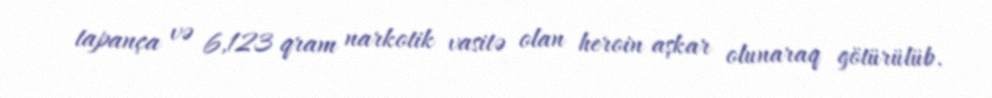
tapança və 6,123 qram narkotik vasitə olan heroin aşkar olunaraq götürülüb.